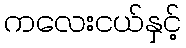
ကလေးငယ်နှင့်